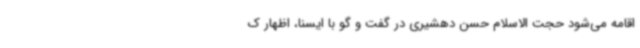
اقامه می‌شود حجت الاسلام حسن دهشیری در گفت و گو با ایسنا، اظهار ک